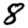
Digit: 8